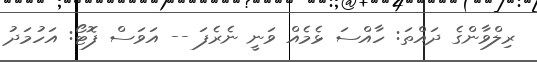
ރިލްވާންގެ ދައްތަ: ހާއްސަ ޅެމެއް ވަނީ ނެރެފަ -- އަވަސް ފޮޓޯ: އަހުމަދު